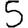
Digit: 5